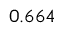
{ 0 . 6 6 4 }